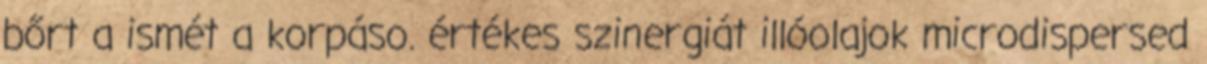
bőrt a ismét a korpáso. értékes szinergiát illóolajok microdispersed